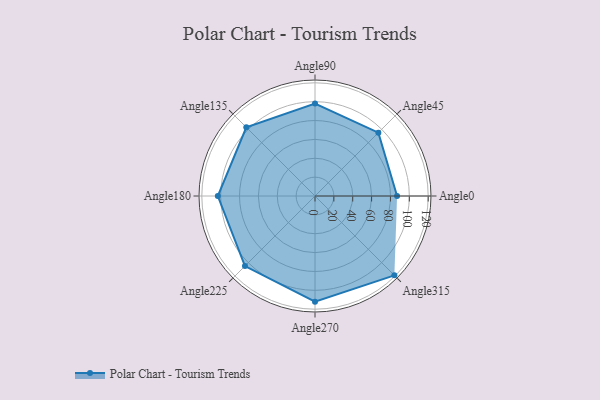
{"axis": {"x": "Angle", "y": "Radius"}, "legend": [""], "data": [{"x": "Angle0", "y": 87.0, "type": ""}, {"x": "Angle45", "y": 95.0, "type": ""}, {"x": "Angle90", "y": 98.0, "type": ""}, {"x": "Angle135", "y": 103.0, "type": ""}, {"x": "Angle180", "y": 103.0, "type": ""}, {"x": "Angle225", "y": 105.0, "type": ""}, {"x": "Angle270", "y": 112.0, "type": ""}, {"x": "Angle315", "y": 119.0, "type": ""}]}